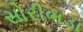
સોરીભડા